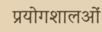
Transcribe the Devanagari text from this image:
प्रयोगशालओं